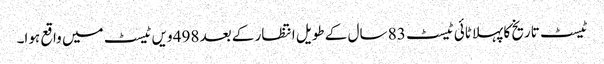
ٹیسٹ تاریخ کا پہلا ٹائی ٹیسٹ 83 سال کے طویل انتظار کے بعد 498 ویں ٹیسٹ میں واقع ہوا۔